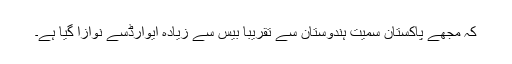
کہ مجھے پاکستان سمیت ہندوستان سے تقریباََ بیس سے زیادہ ایوارڈسے نوازا گیا ہے۔